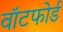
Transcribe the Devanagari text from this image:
वॉटफोर्ड